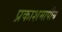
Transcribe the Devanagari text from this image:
प्रकाशमापीय